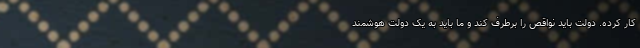
کار کرده. دولت باید نواقص را برطرف کند و ما باید به یک دولت هوشمند